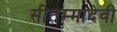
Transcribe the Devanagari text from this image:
सीतम्मादेवी